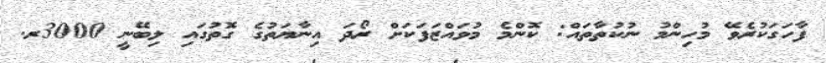
ފާހަގަކުރެވޭ މުހިންމު ނުކުތާތައް: ކޮންމެ މުވައްޒަފަކަށް ރޯދަ އިނާޔަތުގެ ގޮތުގައި ލިބޭނީ 3000ރ.